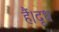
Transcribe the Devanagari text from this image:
हैं।दूध